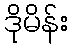
ဒိုမိန်း